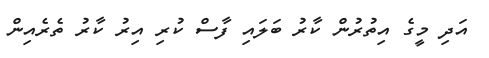
އަދި މީގެ އިތުރުން ކާރު ބަލައި ފާސް ކުރި އިރު ކާރު ތެރެއިން